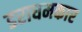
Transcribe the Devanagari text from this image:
डराघमकार